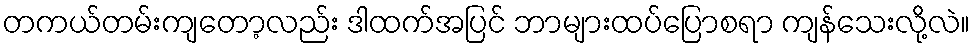
တကယ်တမ်းကျတော့လည်း ဒါထက်အပြင် ဘာများထပ်ပြောစရာ ကျန်သေးလို့လဲ။